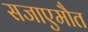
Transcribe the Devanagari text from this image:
सजाएमौत